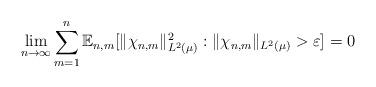
LaTeX: \begin{align*} \lim_{n \to \infty} \sum_{m=1}^n \mathbb{E}_{n,m}[ \|\chi_{n,m} \|_{L^2(\mu)}^2 : \|\chi_{n,m} \|_{L^2(\mu)} > \varepsilon ] = 0\end{align*}